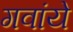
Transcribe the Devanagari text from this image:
गवांये